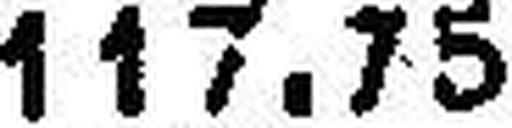
117.75